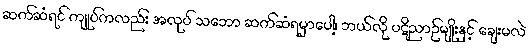
ဆက်ဆံရင် ကျုပ်ကလည်း အလုပ် သဘော ဆက်ဆံရမှာပေါ့၊ ဘယ်လို ပဋိညာဉ်မျိုးနှင့် ချေးမလဲ